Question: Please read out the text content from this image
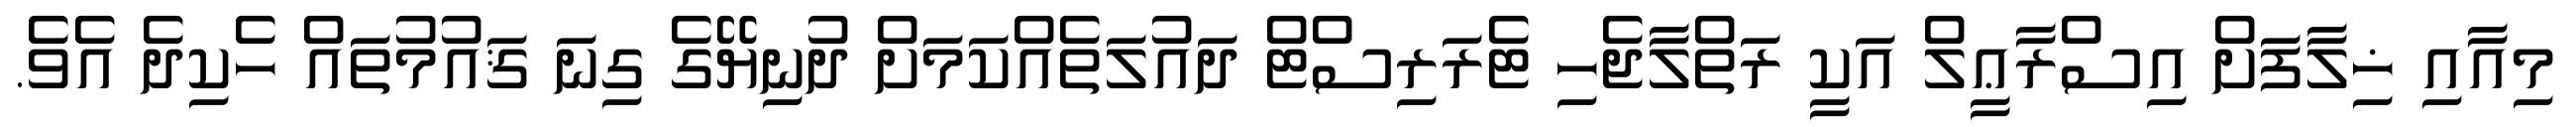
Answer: މިއާއި ޚިލާފަށް އިސްރާޢީލް އަކީ ރަތްލާޖެހި ޓެރަރިސްޓް ދައުލަތެއްކަމަށް ދުނިޔޭގެ ގިނަ ޤައުމުތައް ހެކިދެ އެވެ.